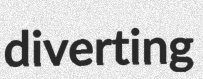
diverting